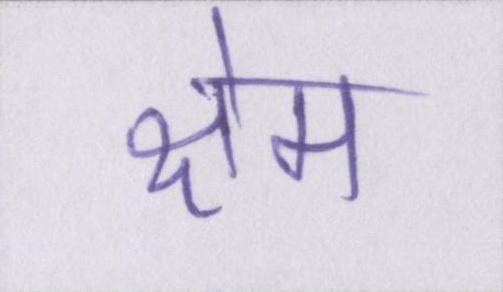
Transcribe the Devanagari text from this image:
क्षेम